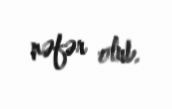
nəfər olub.